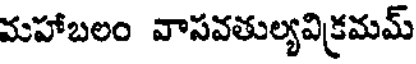
మహాబలం వాసవతుల్యవిక్రమమ్